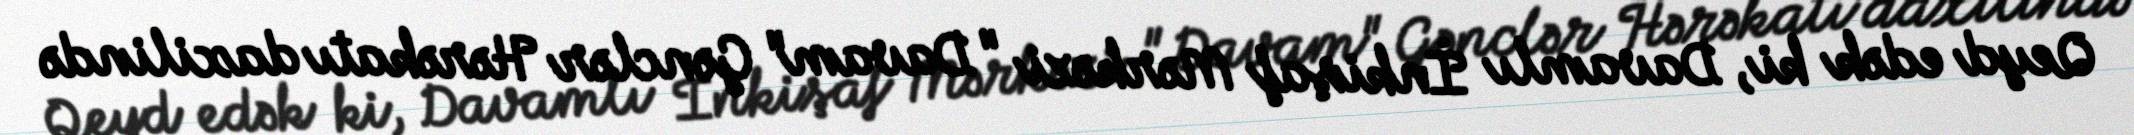
Qeyd edək ki, Davamlı İnkişaf Mərkəzi "Davam" Gənclər Hərəkatı daxilində